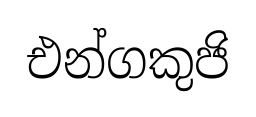
එන්ගකුජි